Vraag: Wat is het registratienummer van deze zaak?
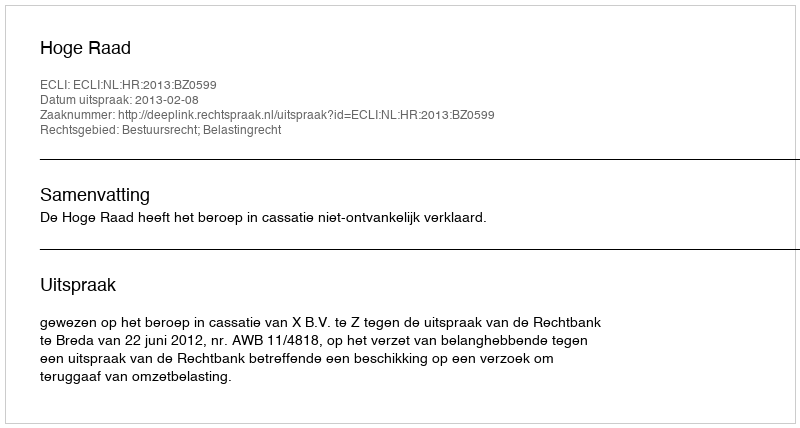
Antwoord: http://deeplink.rechtspraak.nl/uitspraak?id=ECLI:NL:HR:2013:BZ0599